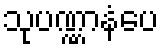
သုပဏ္ဏာနံပေ